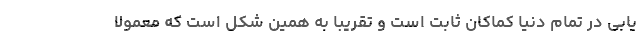
یابی در تمام دنیا کماکان ثابت است و تقریبا به همین شکل است که معمولا